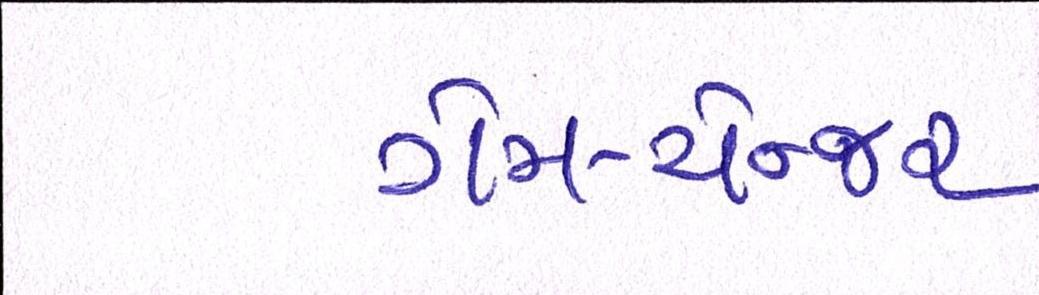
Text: ગેમ-ચેન્જર